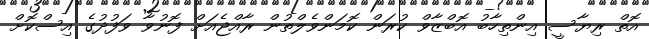
އޮތް ރިޔާސީ އިންތިހާބު އޮބްޒާވް ކުރަން ކޮމަންވެލްތުން ރާއްޖެއަށް ފޮނުވާ ވަފުދުގެ އިސްކޮށް